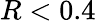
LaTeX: R<0.4